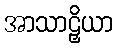
အာသာဠှိယာ